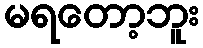
မရတော့ဘူး